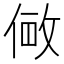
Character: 𫢽